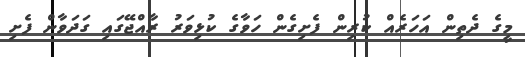
މީގެ ދެތިން އަހަރެއް ކުރިން ފެށިގެން ހަވާގެ ކުޅިވަރު ރާއްޖޭގައި ގަދަވާން ފެށި